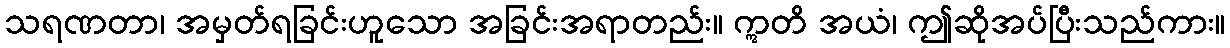
သရဏတာ၊ အမှတ်ရခြင်းဟူသော အခြင်းအရာတည်း။ ဣတိ အယံ၊ ဤဆိုအပ်ပြီးသည်ကား။